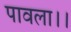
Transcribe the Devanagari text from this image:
पावला।।